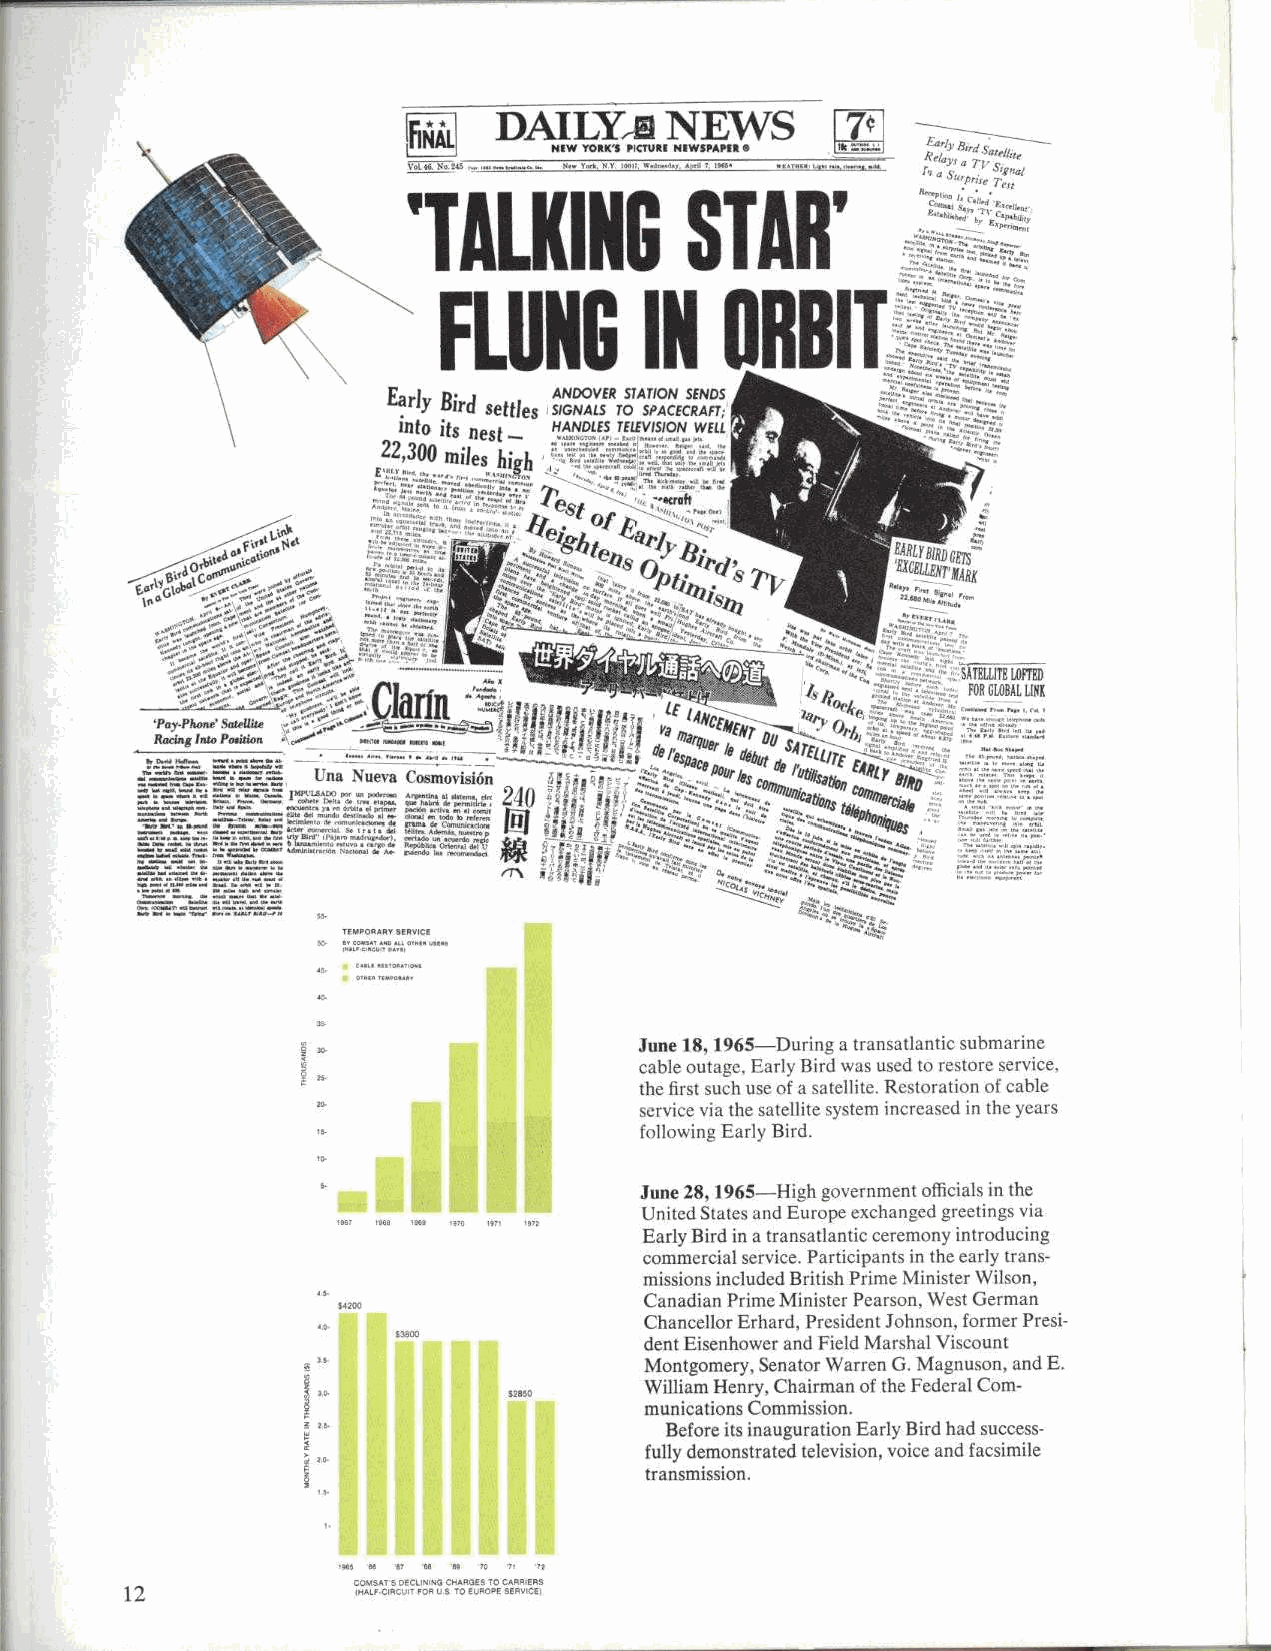
fig DAILY     A NsEWS        7'
 NNW                tIk ^:L1 fa./Y Rud S'atc!!!Et
 Rclayr a T [' Sr
 n a S'u,p,iTC T•SRr/
 'TALKING          STAR
 I
 Early      AN STATION SENDS
 Bird settles
 SIGNALSRTO SPACECRAFT;
 into its nest - HANDLES TELEVISION WELL
 222,,3 0m0iles high
 w
 o'b'" tot                    D, fit
 EARLYBIRDCElS^
 a,lYBT lL° , +'" :3        elb°h ojt h  5 ?       EXCELLERl'MARR
 ClaTin
 ;        Film
 `Pa .PhonRSat.Uitr ^
 i^ ; ^; ^
 a
 j• ;R [f lqp^- . _ Iant0eke,,..,.,,^
 RacingInfoPetition I^ C   r; pj1 ,j`^ ^2 /na^^^Mfl^jD
 ^ ^d9^^rf[tlrf f
 Una Nueva Cosmovision 6^ p ^ ' ,..: OpL ^.t
 4
 / _e.s
 ain
 U* Us lCa3 ^W1 A^tr'S/RO
 2,10 4 2 J T ` +      /S
 'i;••. TR.T
 ...
 T ^osq             .n. .".':.`
 ... .. .. ......              a   1°^;:e..    .: ^o ^`.
 TEMPORARY SERVICE
 X ................ r. ue.P
 June 18, 1965-During a transatlantic submarine
 cable outage. Early Bird was used to restore service,
 the first such use of a satellite. Restoration of cable
 service via the satellite system increased in the years
 following Early Bird.
 June 28, 1965-High government officials in the
 United States and Europe exchanged greetings via
 Early Bird in a transatlantic ceremony introducing
 commercial service. Participants in the early trans-
 missions included British Prime Minister Wilson,
 Canadian Prime Minister Pearson, West German
 Chancellor Erhard, President Johnson, former Presi-
 dent Eisenhower and Field Marshal Viscount
 Montgomery, Senator Warren G. Magnuson, and E.
 William Henry, Chairman of the Federal Com-
 munications Commission.
 Before its inauguration Early Bird had success-
 fully demonstrated television, voice and facsimile
 transmission.
 us ee e^ ee ee c -I
 COMSAT S PYCLIN SG CHARGESTO CARP ERS
 12  IHOL;  CIRCL.i - PPC CR Y L S• DG ELRCPE SERV! CE